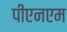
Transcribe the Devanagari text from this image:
पीएनएम